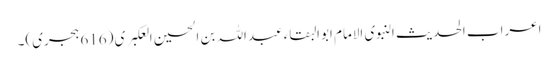
اعراب الحدیث النبوی الامام ابوالبقاء عبداللہ بن الحسین العکبری (616 ہجری)۔